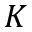
K